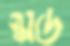
স্কাড